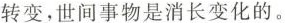
转变，世间事物是消长变化的。